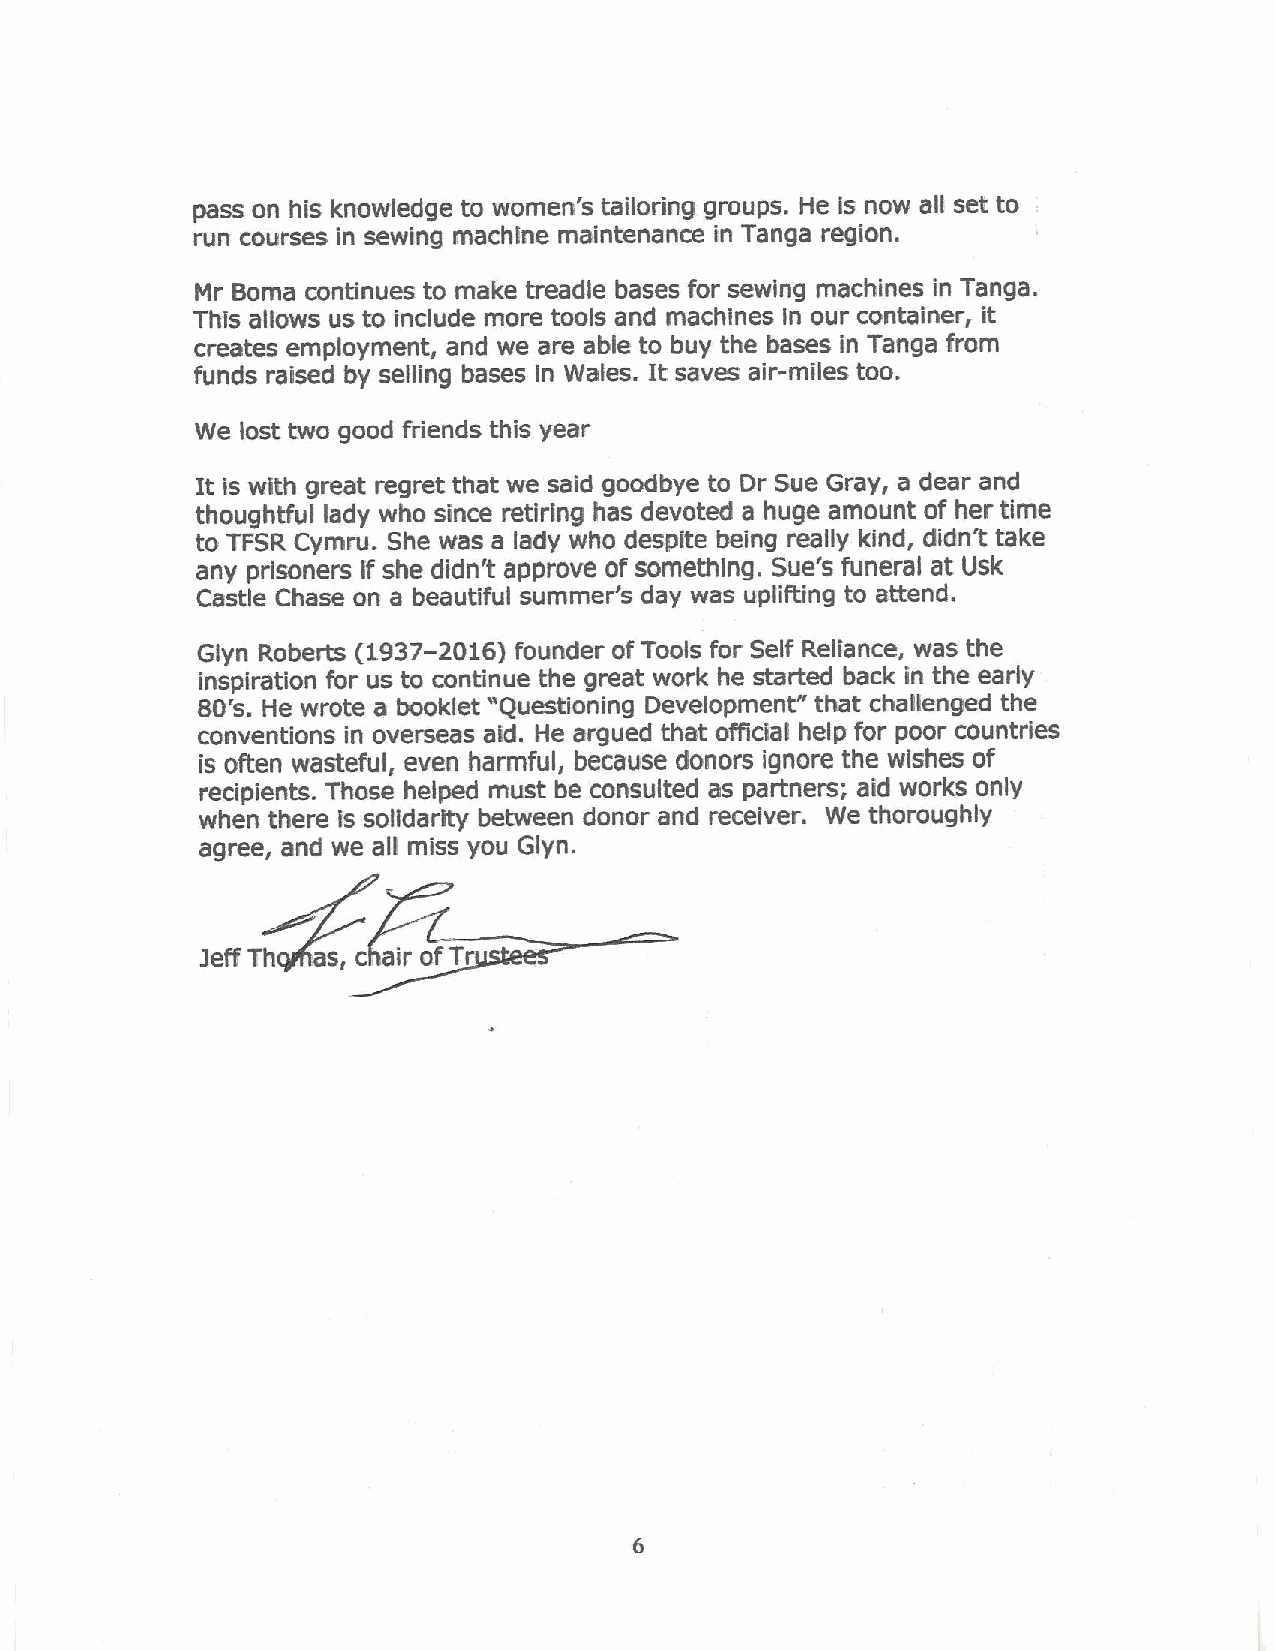
pass on his knowledge to women's tailoring groups. He is now alf set to
 run courses in sewing machine maintenance in Tanga region.
 Mr Boma continues to make treadle bases for sewing machines in Tanga.
 This allows us to include more tools and machines in our container, it
 creates employment, and we are able to buy the bases in Tanga from
 funds raised by selling bases in Wales. It saves air-miles too.
 We lost two good friends this year
 It is with great regret that we said goodbye to Dr Sue Gray, a dear and
 thoughtful lady who since retiring has devoted a huge amount of her time
 to TFSR Cymru. She was a lady who despite being really kind, didn't take
 any prisoners if she didn't approve of something. Sue's funeral at Usk
 Castle Chase on a beautiful summer's day was uplifting to attend.
 Glyn Roberts (1937-2016)founder ofTools for Self Reliance, was the
 inspiration for us to continue the great work he started back in the early
 80's. He wrote a booklet "Questioning Development" that chagenged the
 conventions in overseas aid. He argued that official help for poor countries
 is often wasteful, even harmful, because donors ignore the wishes of
 recipients. Those helped must be consulted as partners; aid works only
 when there fs solidarity between donor and receiver. We thoroughly
 agree, and we all miss you Glyn.
 3effTh  as, c, airofTr